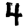
Digit: 4